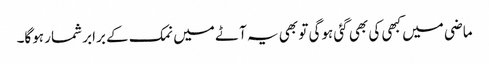
ماضی میں کبھی کی بھی گئی ہوگی تو بھی یہ آٹے میں نمک کے برابر شمار ہوگا۔